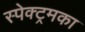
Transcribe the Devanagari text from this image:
स्पेक्ट्रमका